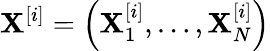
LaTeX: \mathbf{X}^{[i]}=\left(\mathbf{X}_{1}^{[i]},\ldots,\mathbf{X}_{N}^{[i]}\right)